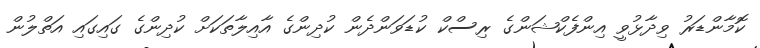
ކޮމާންޑަރު ވިދާޅުވީ އިންފެކްޝަންގެ ރިސްކް ކުޑަވަންދެން ކުދިންގެ އާއިލާތަކަށް ކުދިންގެ ގައިގައި އަތްލުން